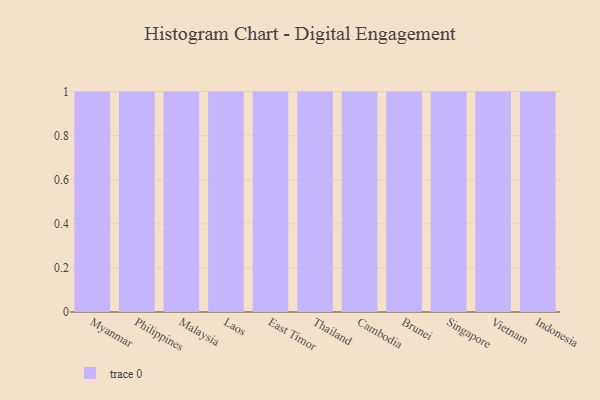
{"axis": {"x": "Country", "y": "Operating Costs (USD K)"}, "legend": [""], "data": [{"x": "Myanmar", "y": 19, "type": ""}, {"x": "Philippines", "y": 48, "type": ""}, {"x": "Malaysia", "y": 22, "type": ""}, {"x": "Laos", "y": 15, "type": ""}, {"x": "East Timor", "y": 75, "type": ""}, {"x": "Thailand", "y": 93, "type": ""}, {"x": "Cambodia", "y": 16, "type": ""}, {"x": "Brunei", "y": 28, "type": ""}, {"x": "Singapore", "y": 41, "type": ""}, {"x": "Vietnam", "y": 37, "type": ""}, {"x": "Indonesia", "y": 54, "type": ""}]}